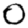
Digit: 0